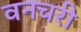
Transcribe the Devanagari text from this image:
वनचरी